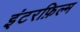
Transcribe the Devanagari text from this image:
इंटरफ़िल्म